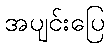
အပျင်းပြေ